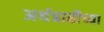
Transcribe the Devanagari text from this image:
अर्थप्राप्तीच्या